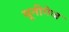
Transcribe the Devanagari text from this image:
यूनीगेज